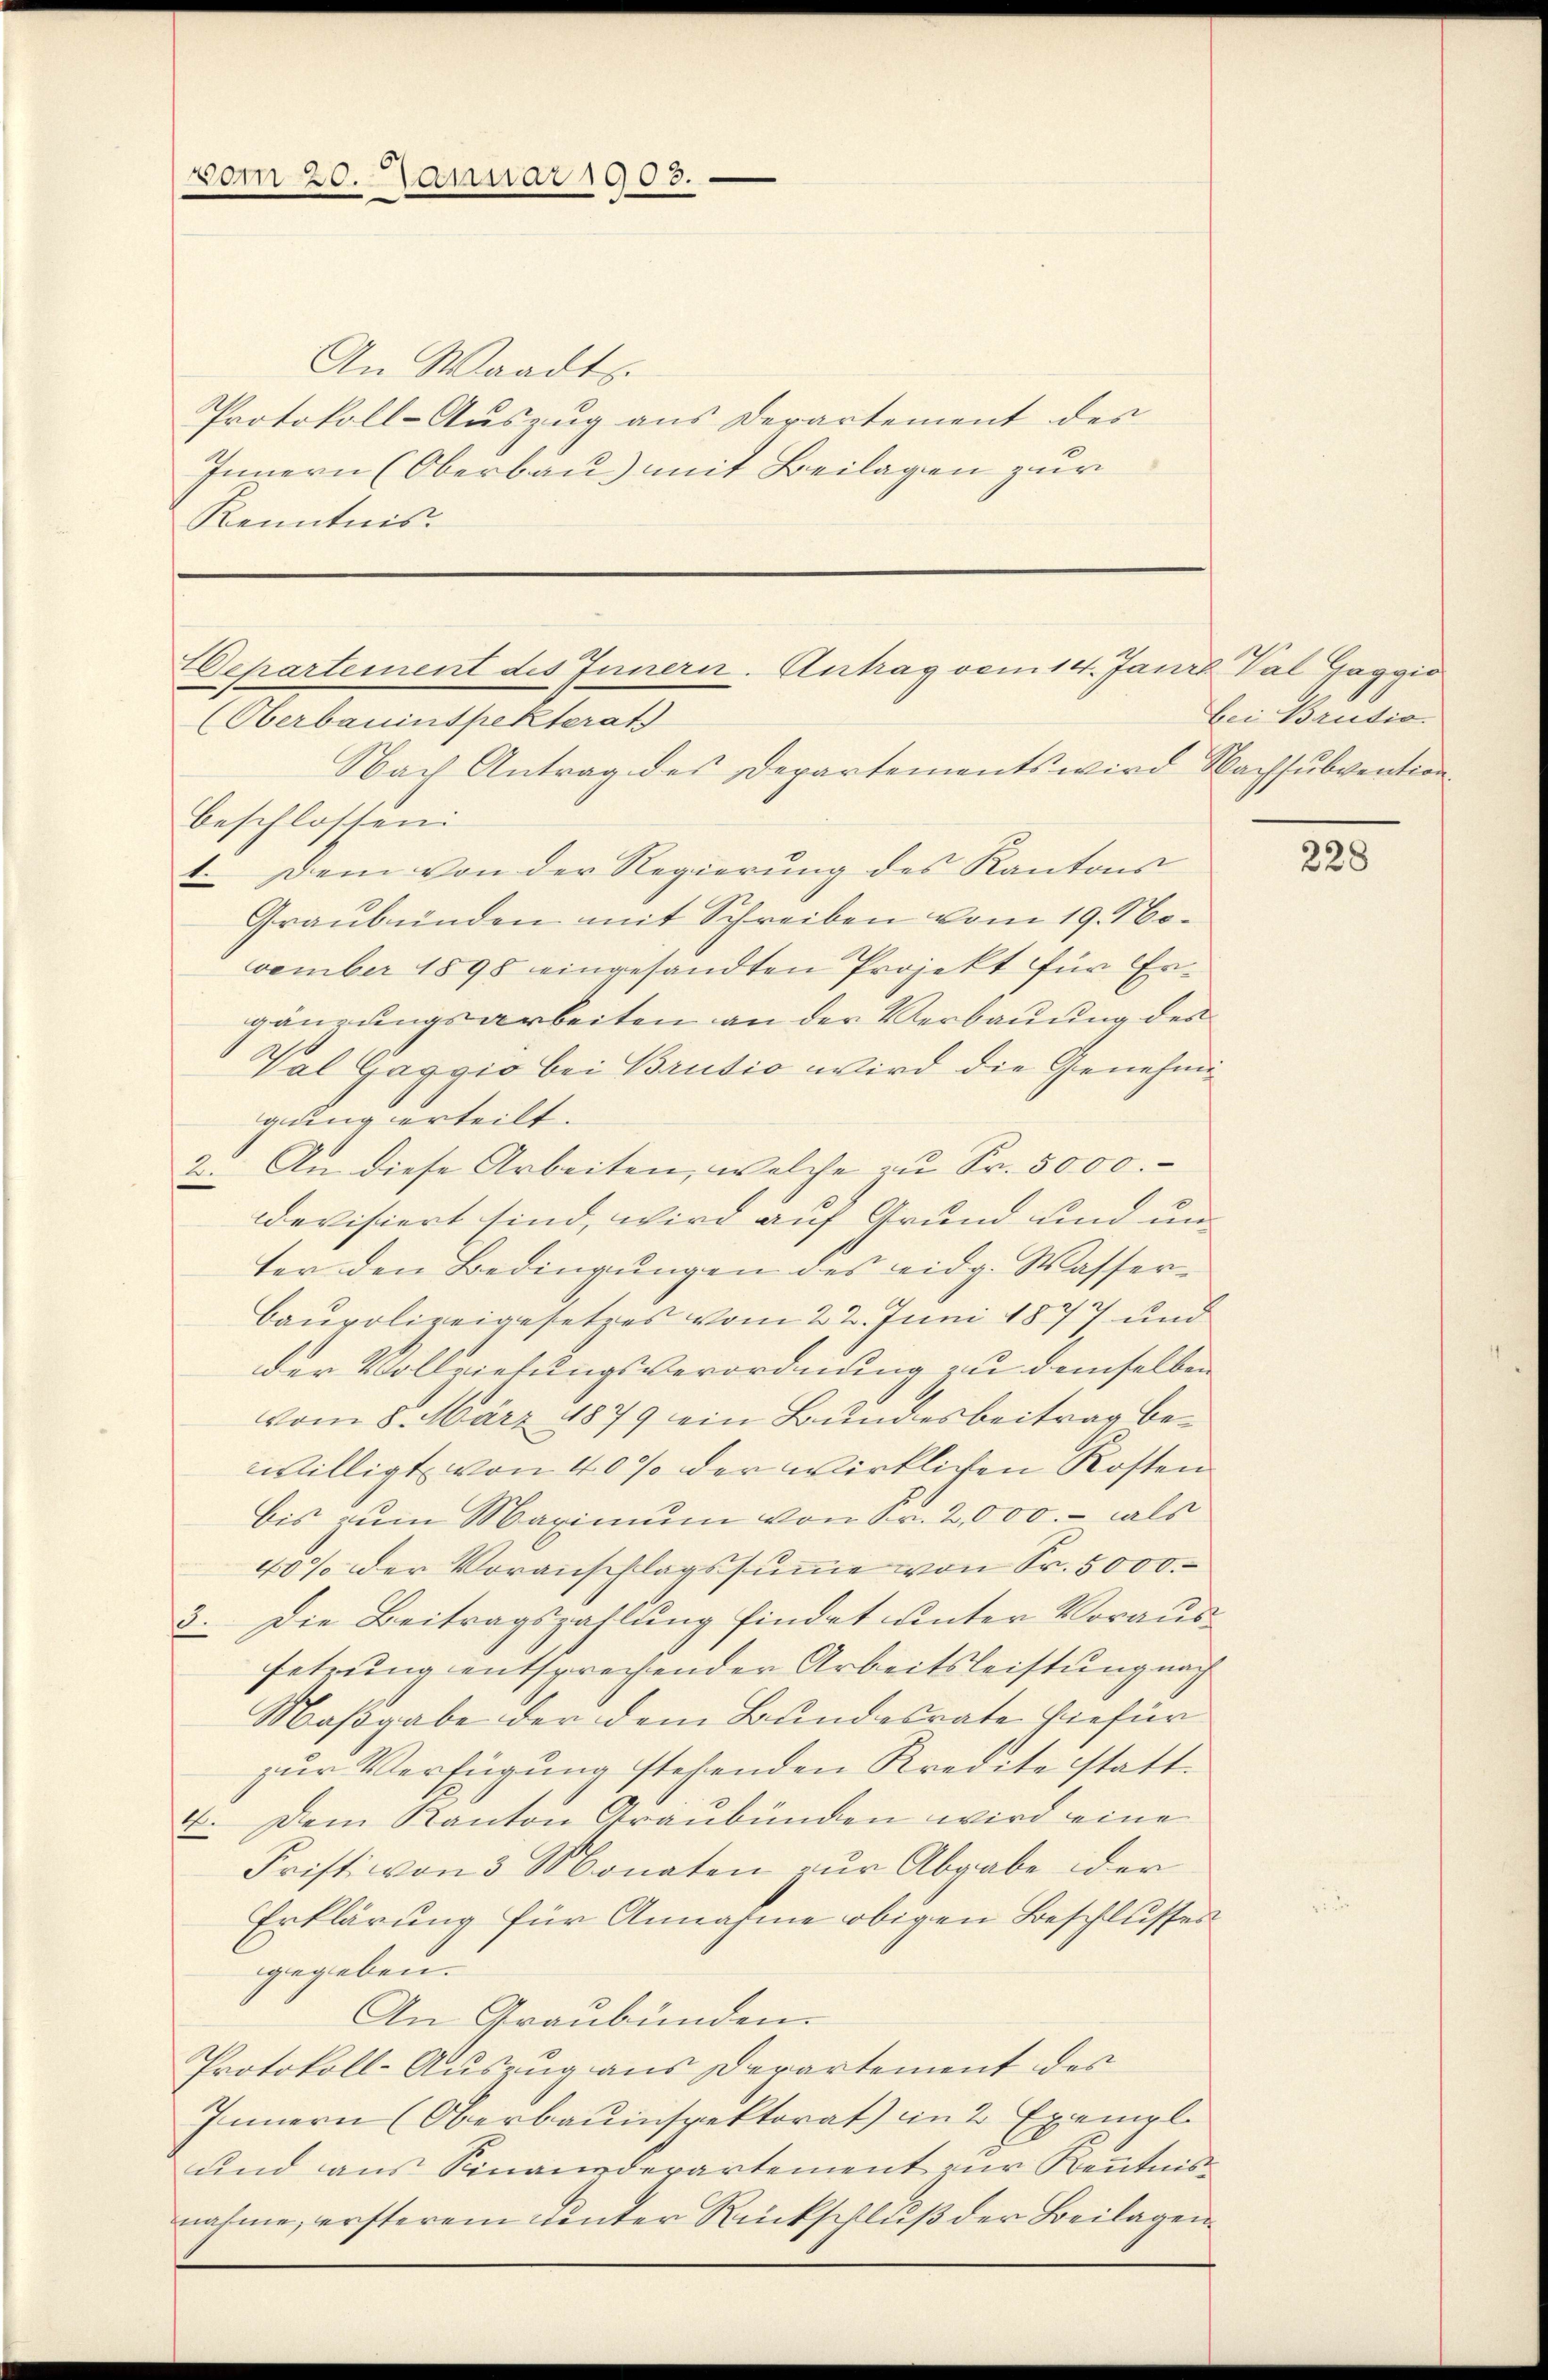
vom 20. Januar 1903.

An Waadts.
Protokoll-Auszug aus Derartement des
Innern (Oberbau) mit Beilagen zur
Kenntnis.

Departement des Innern. Antrag vom 14. Jania Val Gaggio
(Oberbauinspekterat

bei Brusio.

Nach Antrag des Departements wird Nachsubvention
beschlossen
1. Dem von der Regierŭng des Kantons
Graubünden mit Schreiben vom 19. November 1898 eingesandten Projekt für Ergänzungsarbeiten an der Verbauung des
Val Gassio bei Brusio wird die Genehmigung erteilt.
2. An diese Arbeiten, welche zu Fr. 5000.
evisiert sind, wird auf Grund und unter den Bedingungen des eidg. Wasser¬
Baupolizeigesetzes vom 22. Juni 1877 und
der Vollziehungsverordnung zu demselben
vom 8. März 1879 ein Bundesbeitrag bewilligt von 40% der wirklichen Kosten
bis zum Maximum von Fr. 2,000.- als
40% der Voranschlagssumme von Sr. 5000.
3. Die Beitragszahlung findet unter Voraussetrung entsprechender Arbeitsleistung nach
Maßgabe der dem Bundesrate hiefür
zur Verfügung stehenden Kredite statt¬
6. Dem Kanton Graubünden wird eine
Fristi von 3 Monaten zur Abgabe der
Erklärung für Annahme obigen Beschlusses
gegeben.
An Graubünden.
Protokoll-Auszug aus Departement des
Innern (Oberbauinspektorat) in 2 Exempl
und aus Sinanzdepartement zur Kenntnis-
nahme, ersterem Tinter Rückschluß der Beilagen

228